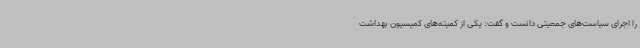
را اجرای سیاست‌های جمعیتی دانست و گفت: یکی از کمیته‌های کمیسیون بهداشت